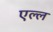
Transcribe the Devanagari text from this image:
एल्ल